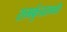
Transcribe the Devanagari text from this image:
रामकुंडासमोर